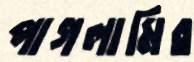
পাগলামির